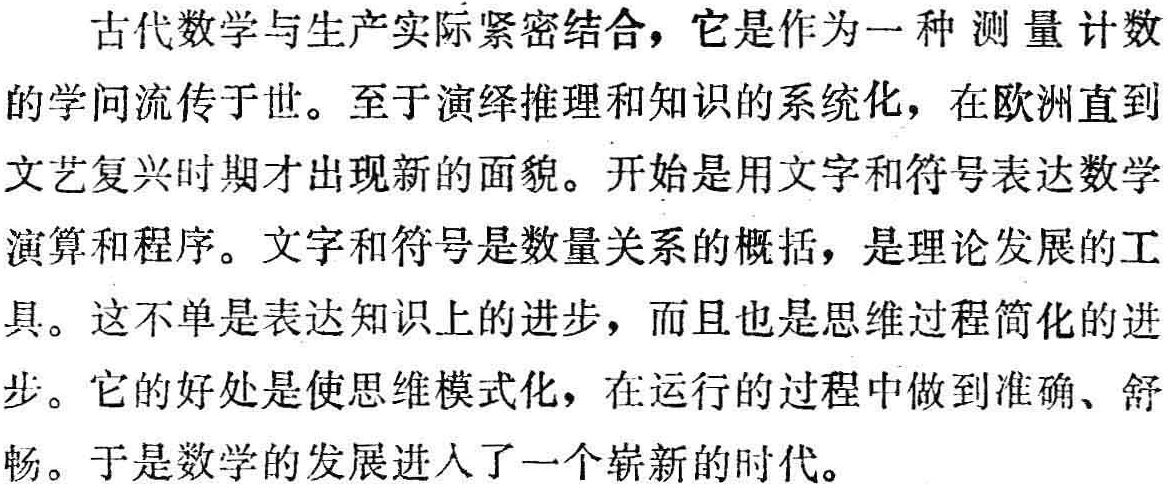
古代数学与生产实际紧密结合，它是作为一种测量计数
的学问流传于世。至于演绎推理和知识的系统化，在欧洲直到
文艺复兴时期才出现新的面貌。开始是用文字和符号表达数学
演算和程序。文字和符号是数量关系的概括，是理论发展的工
具。这不单是表达知识上的进步，而且也是思维过程简化的进
步。它的好处是使思维模式化，在运行的过程中做到准确、舒
畅。于是数学的发展进入了一个崭新的时代。